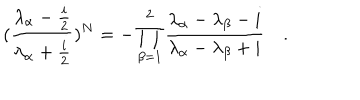
( \frac { \lambda _ { \alpha } - \frac { i } { 2 } } { \lambda _ { \alpha } + \frac { i } { 2 } } ) ^ { N } = - \prod _ { \beta = 1 } ^ { 2 } \frac { \lambda _ { \alpha } - \lambda _ { \beta } - i } { \lambda _ { \alpha } - \lambda _ { \beta } + i } \quad .